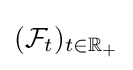
({\mathcal {F}}_{t})_{t\in \mathbb {R} _{+}}